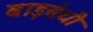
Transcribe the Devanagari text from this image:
बाड़बंधी